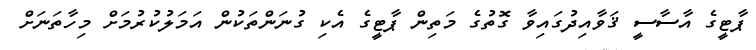
ޕާޓީގެ އާސާސީ ޤަވާއިދުގައިވާ ގޮތުގެ މަތިން ޕާޓީގެ އެކި ގުނަންތަކުން އަމަލުކުރުމަށް މިހާތަނަށް